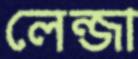
লেন্জা